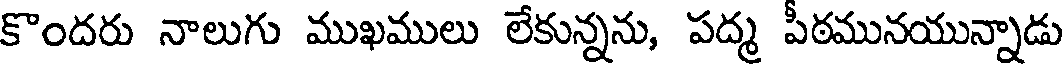
కొందరు నాలుగు ముఖములు లేకున్నను, పద్మ పీఠమునయున్నాడు